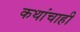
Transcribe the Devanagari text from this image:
कथांचाही